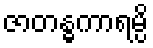
ဇာတန္ဓကာရမ္ပိ